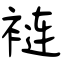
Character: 裢